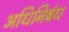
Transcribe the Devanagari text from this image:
अधिनिबंध